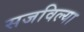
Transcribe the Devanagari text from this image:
सजविल्या